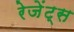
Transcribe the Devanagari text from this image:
रेजेंट्स